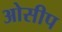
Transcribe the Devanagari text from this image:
ओसीप